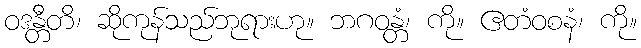
ဝဒန္တီတိ၊ ဆိုကုန်သည်ဘုရားဟု။ ဘဂဝန္တံ၊ ကို။ ဧတံဝစနံ၊ ကို။